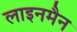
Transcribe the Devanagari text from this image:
लाइनमैन